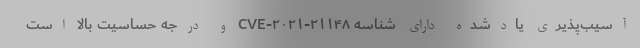
آسیب‌پذیری یادشده دارای شناسه CVE-۲۰۲۱-۲۱۱۴۸ و درجه حساسیت بالا است